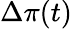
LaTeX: \Delta\pi(t)